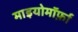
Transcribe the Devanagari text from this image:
माइयोमॉर्फ़ा